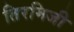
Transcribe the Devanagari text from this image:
तिरमिजी